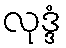
လုဒ္ဒံ